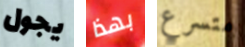
يجول بهذا متسرع